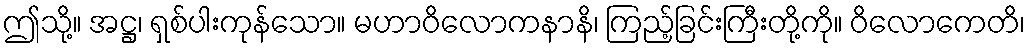
ဤသို့။ အဋ္ဌ၊ ရှစ်ပါးကုန်သော။ မဟာဝိလောကနာနိ၊ ကြည့်ခြင်းကြီးတို့ကို။ ဝိလောကေတိ၊